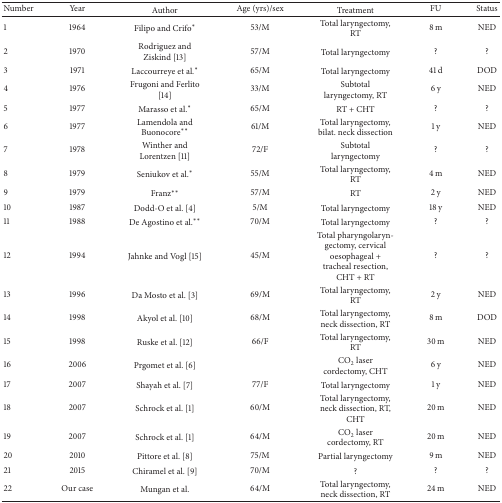
<table><thead><tr><td><b>Number</b></td><td><b>Year</b></td><td><b>Author</b></td><td><b>Age (yrs)/sex</b></td><td><b>Treatment</b></td><td><b>FU</b></td><td><b>Status</b></td></tr></thead><tbody><tr><td>1</td><td>1964</td><td>Filipo and Crifo<sup><i>∗</i></sup></td><td>53/M</td><td>Total laryngectomy, RT</td><td>8 m</td><td>NED</td></tr><tr><td>2</td><td>1970</td><td>Rodriguez and Ziskind [13]</td><td>57/M</td><td>Total laryngectomy</td><td>?</td><td>?</td></tr><tr><td>3</td><td>1971</td><td>Laccourreye et al.<sup><i>∗</i></sup></td><td>65/M</td><td>Total laryngectomy</td><td>41 d</td><td>DOD</td></tr><tr><td>4</td><td>1976</td><td>Frugoni and Ferlito [14]</td><td>33/M</td><td>Subtotal laryngectomy, RT</td><td>6 y</td><td>NED</td></tr><tr><td>5</td><td>1977</td><td>Marasso et al.<sup><i>∗</i></sup></td><td>65/M</td><td>RT + CHT</td><td>?</td><td>?</td></tr><tr><td>6</td><td>1977</td><td>Lamendola and Buonocore<sup><i>∗∗</i></sup></td><td>61/M</td><td>Total laryngectomy, bilat. neck dissection</td><td>1 y</td><td>NED</td></tr><tr><td>7</td><td>1978</td><td>Winther and Lorentzen [11]</td><td>72/F</td><td>Subtotal laryngectomy</td><td>?</td><td>?</td></tr><tr><td>8</td><td>1979</td><td>Seniukov et al.<sup><i>∗</i></sup></td><td>55/M</td><td>Total laryngectomy, RT</td><td>4 m</td><td>NED</td></tr><tr><td>9</td><td>1979</td><td>Franz<sup><i>∗∗</i></sup></td><td>57/M</td><td>RT</td><td>2 y</td><td>NED</td></tr><tr><td>10</td><td>1987</td><td>Dodd-O et al. [4]</td><td>5/M</td><td>Total laryngectomy</td><td>18 y</td><td>NED</td></tr><tr><td>11</td><td>1988</td><td>De Agostino et al.<sup><i>∗∗</i></sup></td><td>70/M</td><td>Total laryngectomy</td><td>?</td><td>?</td></tr><tr><td>12</td><td>1994</td><td>Jahnke and Vogl [15]</td><td>45/M</td><td>Total pharyngolaryngectomy, cervical oesophageal + tracheal resection, CHT + RT</td><td>?</td><td>?</td></tr><tr><td>13</td><td>1996</td><td>Da Mosto et al. [3]</td><td>69/M</td><td>Total laryngectomy, RT</td><td>2 y</td><td>NED</td></tr><tr><td>14</td><td>1998</td><td>Akyol et al. [10]</td><td>68/M</td><td>Total laryngectomy, neck dissection, RT</td><td>8 m</td><td>DOD</td></tr><tr><td>15</td><td>1998</td><td>Ruske et al. [12]</td><td>66/F</td><td>Total laryngectomy, RT</td><td>30 m</td><td>NED</td></tr><tr><td>16</td><td>2006</td><td>Prgomet et al. [6]</td><td> </td><td>CO<sub>2</sub> laser cordectomy, CHT</td><td>6 y</td><td>NED</td></tr><tr><td>17</td><td>2007</td><td>Shayah et al. [7]</td><td>77/F</td><td>Total laryngectomy</td><td>1 y</td><td>NED</td></tr><tr><td>18</td><td>2007</td><td>Schrock et al. [1]</td><td>60/M</td><td>Total laryngectomy, neck dissection, RT, CHT</td><td>20 m</td><td>NED</td></tr><tr><td>19</td><td>2007</td><td>Schrock et al. [1]</td><td>64/M</td><td>CO<sub>2</sub> laser cordectomy, RT</td><td>20 m</td><td>NED</td></tr><tr><td>20</td><td>2010</td><td>Pittore et al. [8]</td><td>75/M</td><td>Partial laryngectomy</td><td>9 m</td><td>NED</td></tr><tr><td>21 </td><td>2015</td><td>Chiramel et al. [9]</td><td>70/M</td><td>?</td><td>?</td><td>?</td></tr><tr><td>22</td><td>Our case</td><td>Mungan et al.</td><td>64/M</td><td>Total laryngectomy, neck dissection, RT</td><td>24 m</td><td>NED</td></tr></tbody></table>